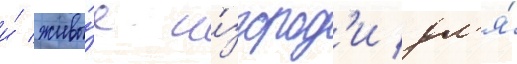
и́ живы́е и́згород'и дл'я́